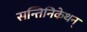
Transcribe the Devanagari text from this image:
सन्तिनिकेथन्